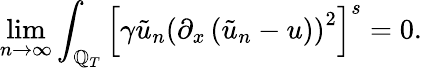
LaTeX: \operatorname*{lim}_{n\rightarrow\infty}\int_{\mathbb{Q}_{T}}\left[\gamma\tilde{{u}}_{n}\left(\partial_{x}\left(\tilde{{u}}_{n}-u\right)\right)^{2}\right]^{s}=0.